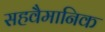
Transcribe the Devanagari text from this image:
सहवैमानिक